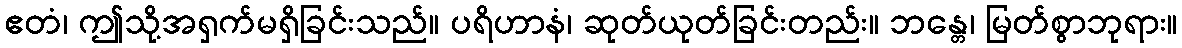
ဧတံ၊ ဤသို့အရှက်မရှိခြင်းသည်။ ပရိဟာနံ၊ ဆုတ်ယုတ်ခြင်းတည်း။ ဘန္တေ၊ မြတ်စွာဘုရား။